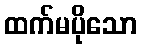
ထက်မပိုသော